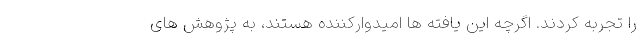
را تجربه کردند. اگرچه این یافته ها امیدوارکننده هستند، به پژوهش های